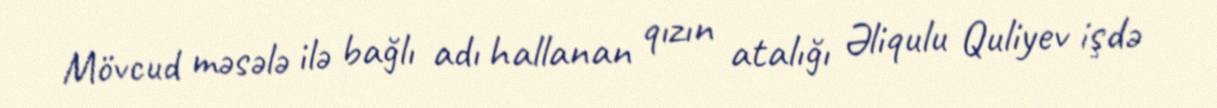
Mövcud məsələ ilə bağlı adı hallanan qızın atalığı Əliqulu Quliyev işdə